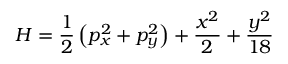
H = \frac { 1 } { 2 } \left( p _ { x } ^ { 2 } + p _ { y } ^ { 2 } \right) + \frac { x ^ { 2 } } { 2 } + \frac { y ^ { 2 } } { 1 8 }